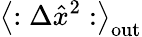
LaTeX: \left\langle:\Delta\hat{x}^{2}:\right\rangle_{\mathrm{out}}